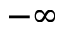
- \infty